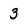
Character: 3